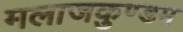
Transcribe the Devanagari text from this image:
मलाजकुण्डम